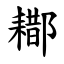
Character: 䣢